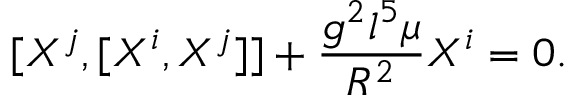
[ X ^ { j } , [ X ^ { i } , X ^ { j } ] ] + \frac { g ^ { 2 } l ^ { 5 } \mu } { R ^ { 2 } } X ^ { i } = 0 .